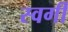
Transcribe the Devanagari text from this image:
स्वर्गीं